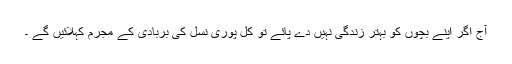
آج اگر اپنے بچوں کو بہتر زندگی نہیں دے پائے تو کل پوری نسل کی بربادی کے مجرم کہلائیں گے ۔